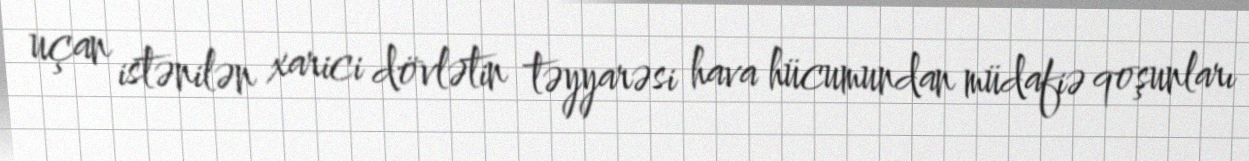
uçan istənilən xarici dövlətin təyyarəsi hava hücumundan müdafiə qoşunları